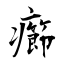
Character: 癤